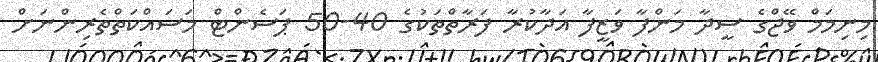
މިނިމަމް ވޭޖްގެ ސީދާ މަންފާ ވަޒީފާ އަދާކުރާ ފަރާތްތަކުގެ 40-50 ޕަސެންޓް މަސައްކަތްތެރިންނަށް